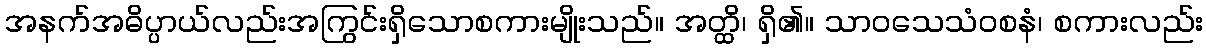
အနက်အဓိပ္ပာယ်လည်းအကြွင်းရှိသောစကားမျိုးသည်။ အတ္ထိ၊ ရှိ၏။ သာဝသေသံဝစနံ၊ စကားလည်း